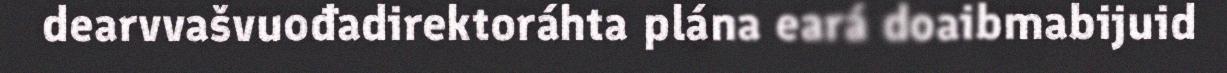
dearvvašvuođadirektoráhta plána eará doaibmabijuid